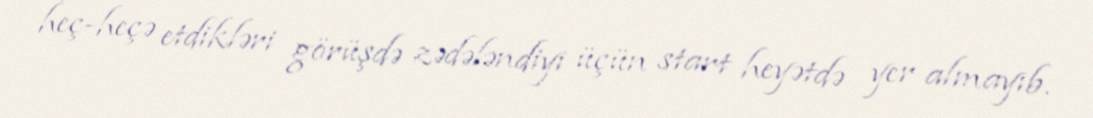
heç-heçə etdikləri görüşdə zədələndiyi üçün start heyətdə yer almayıb.